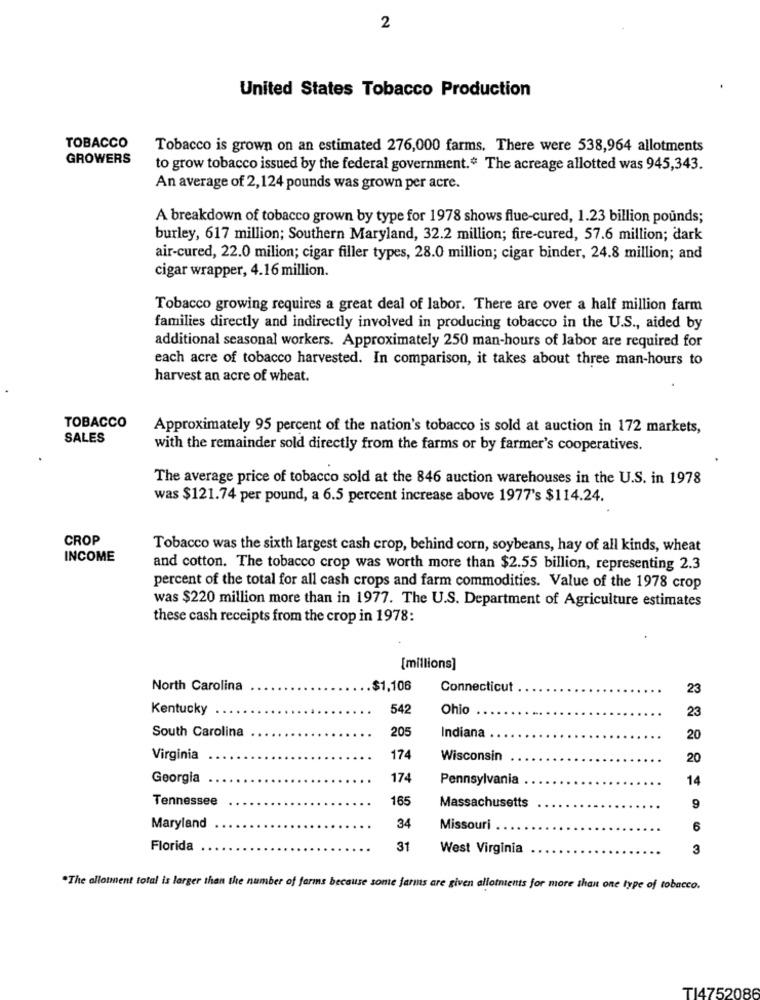
2
United States Tobacco Production
TOBACCO
Tobacco is grown on an estimated 276,000 farms. There were 538,964 allotments
GROWERS
to grow tobacco issued by the federal government." The acreage allotted was 945,343.
An average of 2,124 pounds was grown per acre.
A breakdown of tobacco grown by type for 1978 shows flue-cured, 1.23 billion pounds;
burley, 617 million; Southern Maryland, 32.2 million; fire-cured, 57.6 million; dark
air-cured, 22.0 milion; cigar filler types, 28.0 million; cigar binder, 24.8 million; and
cigar wrapper, 4.16 million.
Tobacco growing requires a great deal of labor. There are over a half million farm
families directly and indirectly involved in producing tobacco in the U.S ., aided by
additional seasonal workers. Approximately 250 man-hours of labor are required for
each acre of tobacco harvested. In comparison, it takes about three man-hours to
harvest an acre of wheat.
TOBACCO
Approximately 95 percent of the nation's tobacco is sold at auction in 172 markets,
SALES
with the remainder sold directly from the farms or by farmer's cooperatives.
The average price of tobacco sold at the 846 auction warehouses in the U.S. in 1978
was $121.74 per pound, a 6.5 percent increase above 1977's $114.24.
CROP
Tobacco was the sixth largest cash crop, behind corn, soybeans, hay of all kinds, wheat
INCOME
and cotton. The tobacco crop was worth more than $2.55 billion, representing 2.3
percent of the total for all cash crops and farm commodities. Value of the 1978 crop
was $220 million more than in 1977. The U.S. Department of Agriculture estimates
these cash receipts from the crop in 1978:
[millions]
North Carolina
$1.106
Connecticut
23
Kentucky
54
Ohio
23
South Carolina
205
Indiana
20
Virginia
174
Wisconsin
20
Georgia
174
Pennsylvania
14
Tennessee
165
Massachusetts
9
Maryland
34
Missouri
6
Florida
31
West Virginia
3
*The allotment total is larger than the number of farms because some farms are given allotments for more than one type of tobacco.
TI4752086